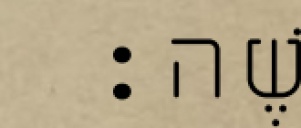
משֶׁה׃